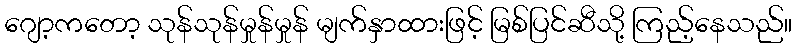
ဂျော့ကတော့ သုန်သုန်မှုန်မှုန် မျက်နှာထားဖြင့် မြစ်ပြင်ဆီသို့ ကြည့်နေသည်။